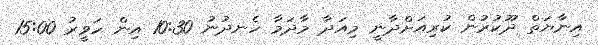
އިނާޔަތް ދޫކުރުން ކުރިއަށްދާނީ މިއަދާ މާދަމާ ހެނދުނު 10:30 އިން ހަވީރު 15:00